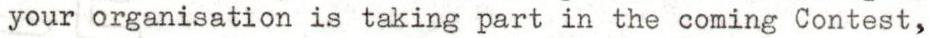
your organisation is taking part in the coming Contest,